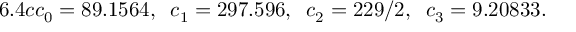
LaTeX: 6 . 4 c c _ { 0 } = 8 9 . 1 5 6 4 , \; \; c _ { 1 } = 2 9 7 . 5 9 6 , \; \; c _ { 2 } = 2 2 9 / 2 , \; \; c _ { 3 } = 9 . 2 0 8 3 3 .